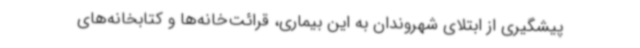
پیشگیری از ابتلای شهروندان به این بیماری، قرائت‌خانه‌ها و کتابخانه‌های